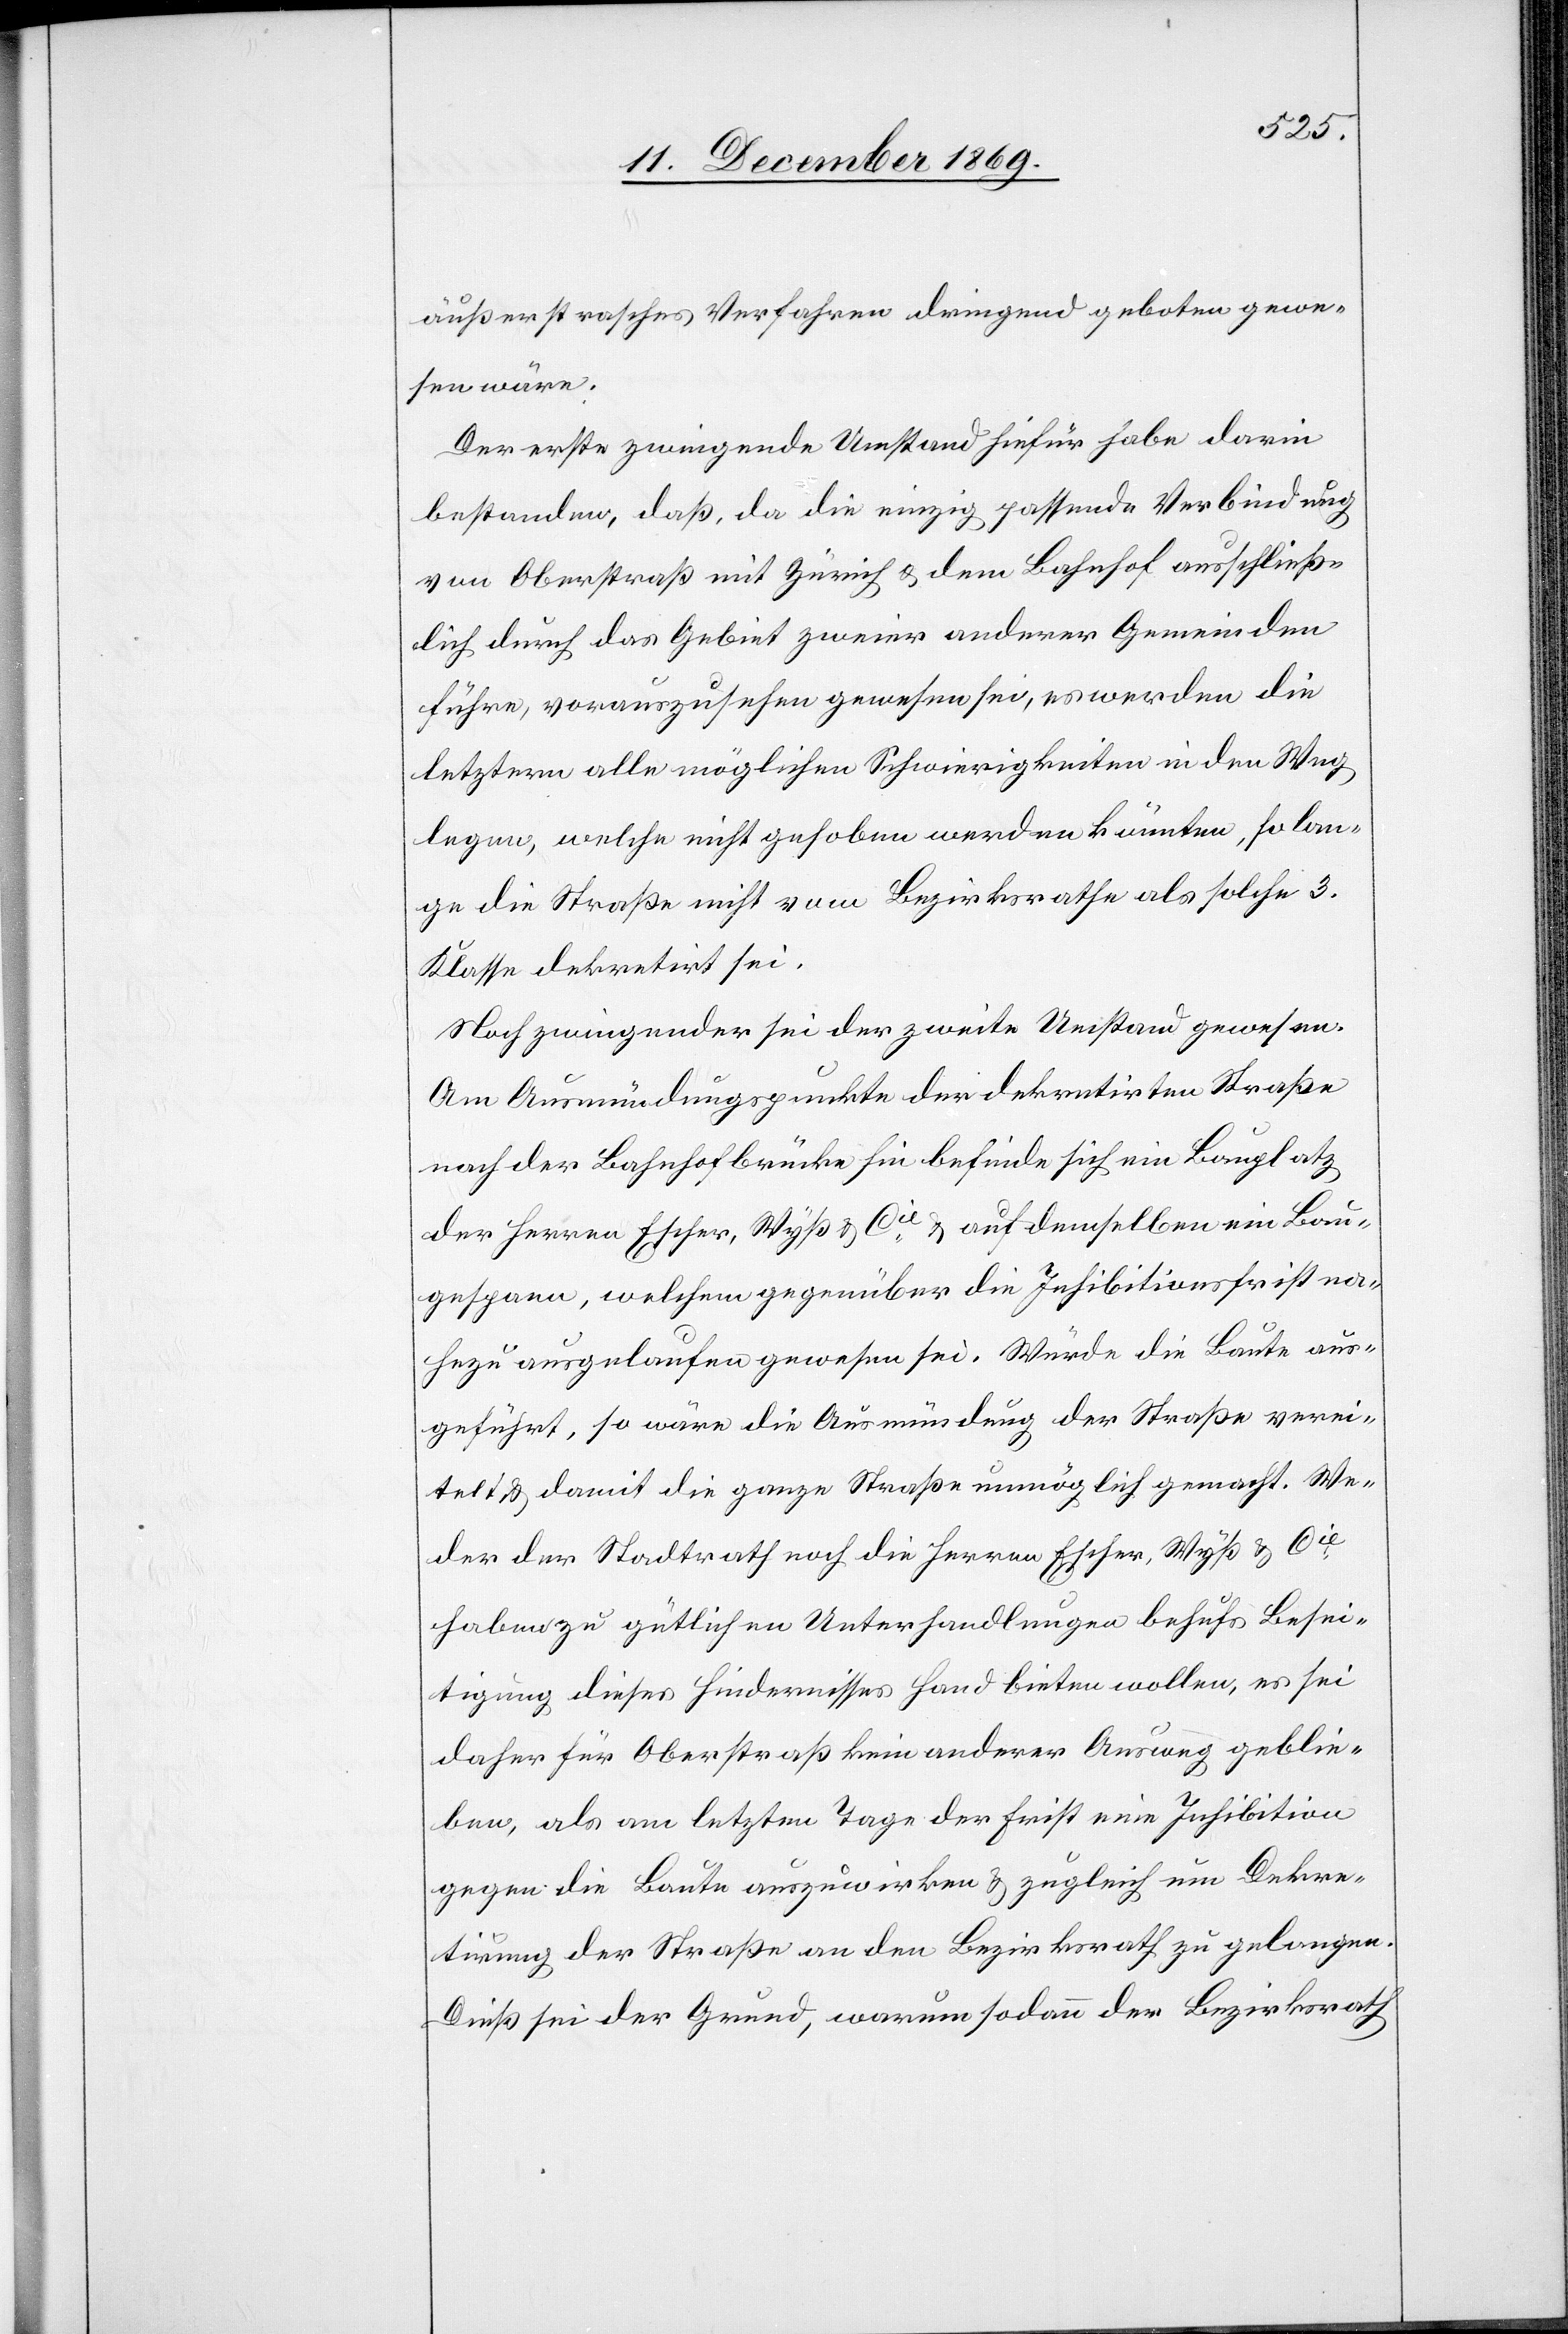
äußerst rasches Verfahren dringend geboten gewe¬
sen wäre.
Der erste zwingende Umstand hiefür habe darin
bestanden, daß, da die einzig passende Verbindung
von Oberstraß mit Zürich & dem Bahnhof ausschließ¬
lich durch das Gebiet zweier anderer Gemeinden
führe, vorauszusehen gewesen sei, es werden die
letztern alle möglichen Schwierigkeiten in den Weg
legen, welche nicht gehoben werden könnten, so lan¬
ge die Straße nicht vom Bezirksrathe als solche 3.
Klasse dekretirt sei.
Noch zwingender sei der zweite Umstand gewesen.
Am Ausmündungspunkte der dekretirten Straße
nach der Bahnhofbrücke hin befinde sich ein Bauplatz
der Herren Escher, Wyß & Cie & auf demselben ein Bau¬
gespann, welchem gegenüber die Inhibitionsfrist na¬
hezu ausgelaufen gewesen sei. Würde die Baute aus¬
geführt, so wäre die Ausmündung der Straße verei¬
telt & damit die ganze Straße unmöglich gemacht. We¬
der der Stadtrath noch die Herren Escher, Wyß & Cie
haben zu gütlichen Unterhandlungen behufs Besei¬
tigung dieses Hindernisses Hand bieten wollen, es sei
daher für Oberstraß kein anderer Ausweg geblie¬
ben, als am letzten Tage der Frist eine Inhibition
gegen die Baute auszuwirken & zugleich um Dekre¬
tirung der Straße an den Bezirksrath zu gelangen.
Dieß sei der Grund, warum sodann der Bezirksrath